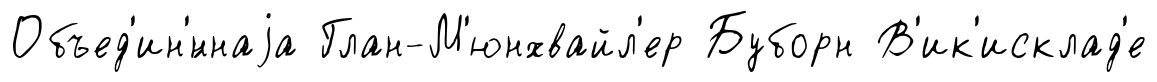
Объед'ин'́ннаjа Глан-М'юнхвайл'ер Буборн В'ик'исклад'е